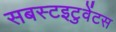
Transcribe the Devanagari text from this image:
सबस्टइटुवेंटस